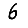
Digit: 6